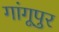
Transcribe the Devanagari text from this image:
गांगूपुर